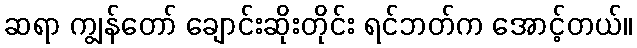
ဆရာ ကျွန်တော် ချောင်းဆိုးတိုင်း ရင်ဘတ်က အောင့်တယ်။